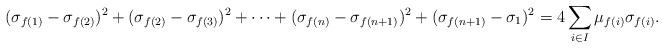
LaTeX: \begin{align*}(\sigma_{f(1)}-\sigma_{f(2)})^{2}+(\sigma_{f(2)}-\sigma_{f(3)})^{2}+\cdots+(\sigma_{f(n)}-\sigma_{f(n+1)})^{2}+(\sigma_{f(n+1)}-\sigma_1)^{2}=4\sum\limits_{i\in I}\mu_{f(i)}\sigma_{f(i)}.\end{align*}